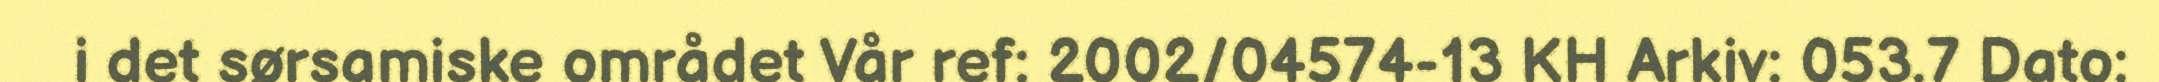
i det sørsamiske området Vår ref: 2002/04574-13 KH Arkiv: 053.7 Dato: